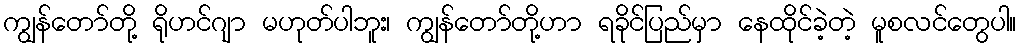
ကျွန်တော်တို့ ရိုဟင်ဂျာ မဟုတ်ပါဘူး၊ ကျွန်တော်တို့ဟာ ရခိုင်ပြည်မှာ နေထိုင်ခဲ့တဲ့ မူစလင်တွေပါ။